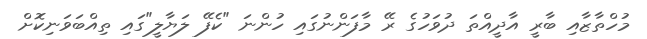
މުހްތާޒާއި ބާރީ އާދީއްތަ ދުވަހުގެ ރޭ މާފަންނުގައި ހުންނަ "ކެފޭ ލަޔާލީ"ގައި ތިއްބަވަނިކޮށް